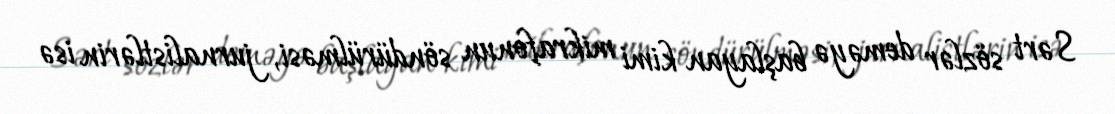
Sərt sözlər deməyə başlayan kimi mikrafonun söndürülməsi, jurnalistlərin isə